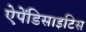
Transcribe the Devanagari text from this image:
ऐपेंडिसाइटिस